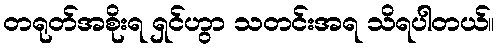
တရုတ်အစိုးရ ရှင်ဟွာ သတင်းအရ သိရပါတယ်။